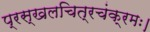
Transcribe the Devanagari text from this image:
प्रस्खलचित्रचंक्रमः।